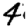
Digit: 4